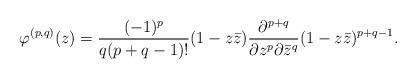
LaTeX: \begin{align*}\varphi^{(p,q)}(z)=\frac{(-1)^p}{q(p+q-1)!}(1-z\bar{z})\frac{\partial^{p+q}}{\partial z^p\partial \bar{z}^q}(1-z\bar{z})^{p+q-1}. \end{align*}